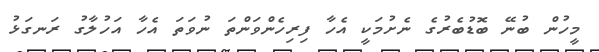
މީހުން ބުނޭ ބޮޑުބެރުގެ ނެށުމަކީ އެހާ ފިރިހެންވަންތަ ނުވަތަ އެހާ އަހުލާގު ރަނގަޅު